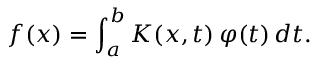
f ( x ) = \int _ { a } ^ { b } K ( x , t ) \, \varphi ( t ) \, d t .